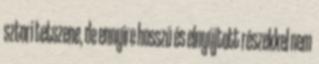
sztori tetszene, de ennyire hosszú és elnyújtott részekkel nem